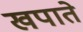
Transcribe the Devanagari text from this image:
खपाते